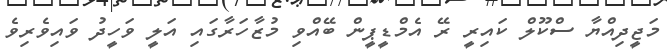
މަޖީދިއްޔާ ސްކޫލް ކައިރީ ރޭ އެމްޑީޕީން ބޭއްވި މުޒާހަރާގައި އަލީ ވަހީދު ވައިވެރިވެ